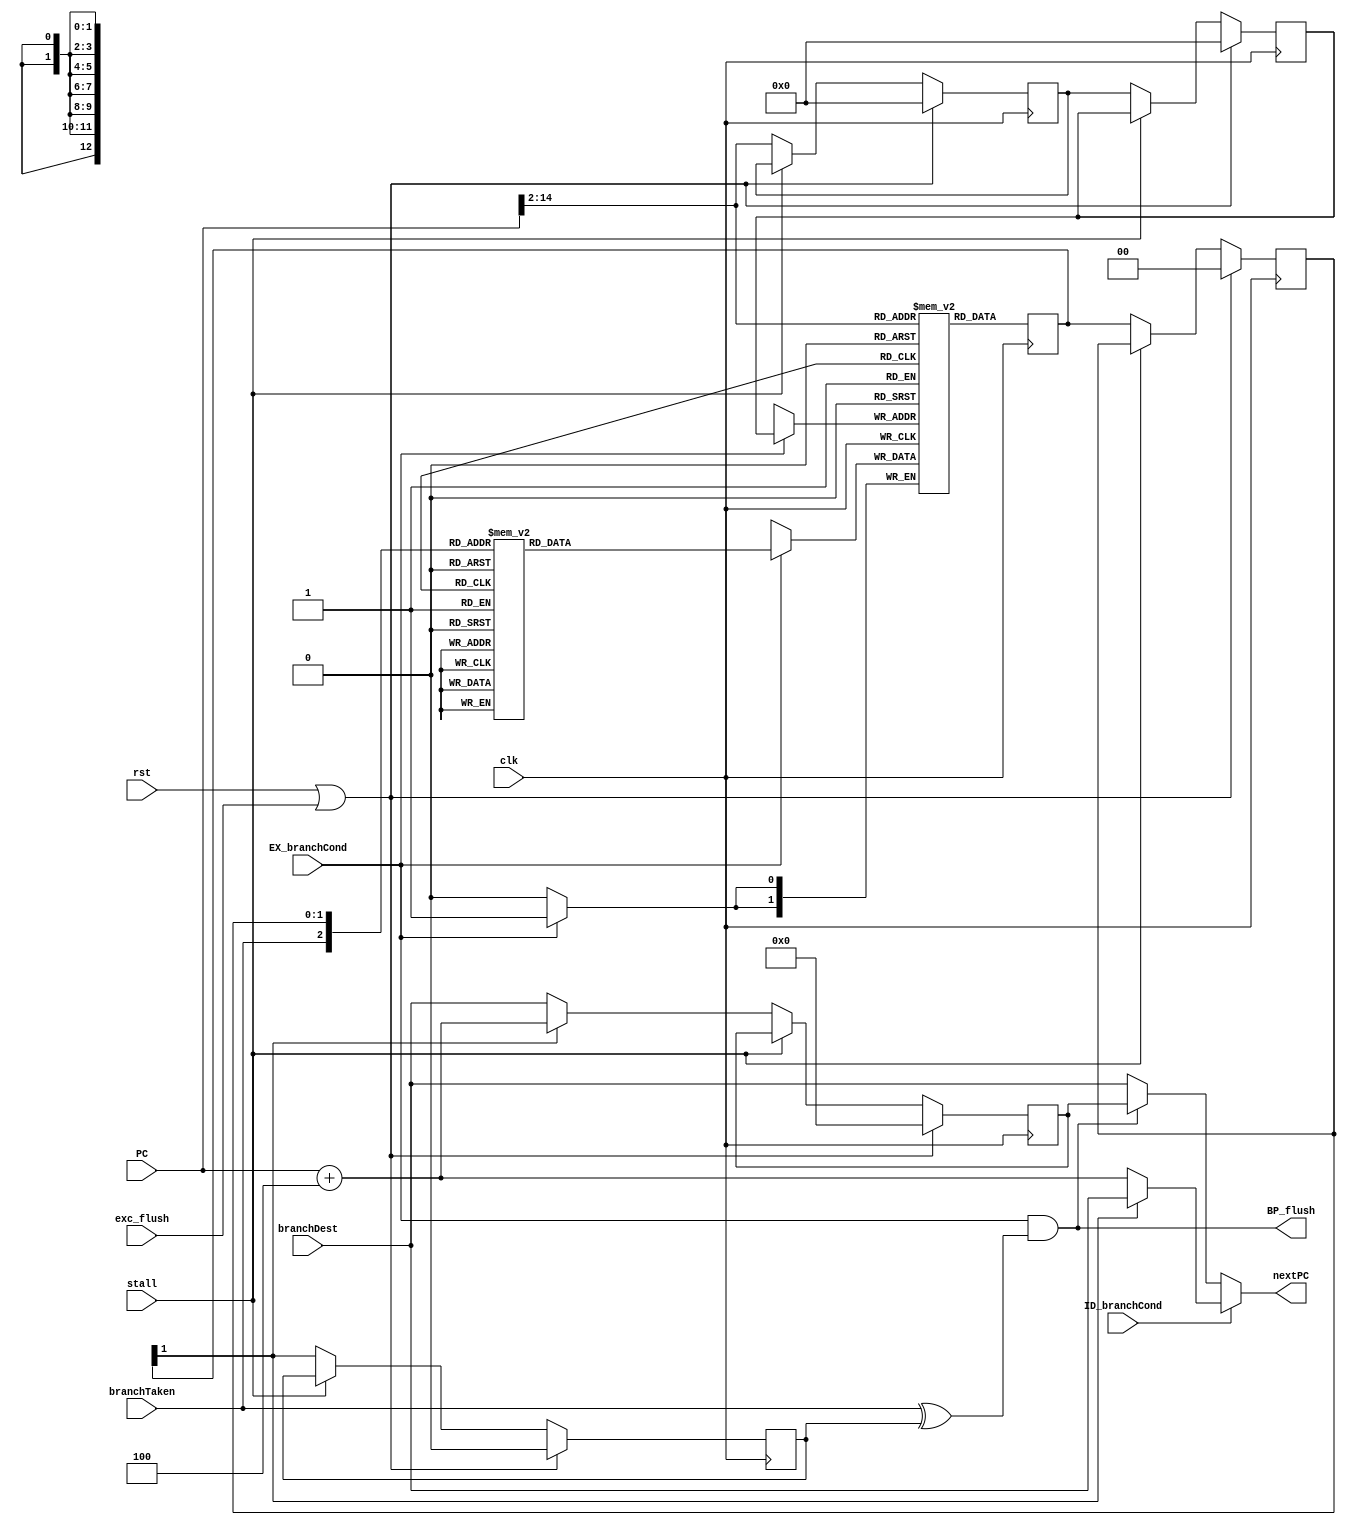
`timescale 1ns / 1ps
/**
 * A simple 2-bit dynamic branch predictor.
 * 
 * @author Yunye Pu
 */
module BranchPredictor(
	input clk, input rst, input stall, input [31:0] PC, input [31:0] branchDest,
	input ID_branchCond, input EX_branchCond, input branchTaken, input exc_flush,
	
	output reg [31:0] nextPC, output BP_flush
);
//branchCond=0 for normal control flow,
//=1 for conditional branch request
	
	wire prediction;
	wire [1:0] recRead;
	reg [1:0] recRead_buf;
	reg [1:0] recWrite;
	
	wire [31:0] PCincr = PC + 3'h4;
	reg [12:0] PCbuf0, PCbuf1;
	
	reg [31:0] PCcorrection;
	reg prediction_buf;
	
	always @ (posedge clk)
	begin
		if(rst | exc_flush)
		begin
			PCcorrection <= 32'h0;
			prediction_buf <= 1'b0;
			recRead_buf <= 2'b00;
			PCbuf0 <= 13'h0;
			PCbuf1 <= 13'h0;
		end
		else if(~stall)
		begin
			PCcorrection <= prediction? PCincr: branchDest;
			prediction_buf <= prediction;
			recRead_buf <= recRead;
			PCbuf0 <= PC[14:2];
			PCbuf1 <= PCbuf0;
		end
	end
	
	//conditional branch AND prediction != actual
	assign BP_flush = EX_branchCond & (branchTaken ^ prediction_buf);
	
	always @*
	begin
		if(ID_branchCond)//Conditional branch, use prediction
			nextPC <= prediction? branchDest: PCincr;
		else//No conditional branch, test whether there is pending correction
			nextPC <= BP_flush? PCcorrection: branchDest;
			
		case({branchTaken, recRead_buf})
		3'b000, 3'b001: recWrite <= 2'b00;
		3'b100, 3'b010: recWrite <= 2'b01;
		3'b101, 3'b011: recWrite <= 2'b10;
		3'b111, 3'b110: recWrite <= 2'b11;
		endcase
	end
	
	assign prediction = recRead[1];
	
	reg [1:0] recBuffer[8191:0];
	reg [1:0] _recRead;
	always @ (posedge clk)
	begin
		if(EX_branchCond)
			recBuffer[PCbuf1] <= recWrite;
		_recRead <= recBuffer[PC[14:2]];
	end
	assign recRead = _recRead;

	integer i;
	initial for(i = 0; i < 8192; i = i+1) recBuffer[i] <= 2'b00;
	
endmodule